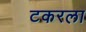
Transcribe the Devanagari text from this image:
टकरला